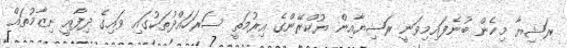
ރަޝިޔާ މިހެން ބުނެފައިމިވަނީ ރަޝިޔާއިން ޔުކްރޭންގެ އިރުމަތީ ސަރަހައްދުތަކުގައި ވައިގެ ދިފާއީ ނިޒާމުތައް